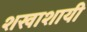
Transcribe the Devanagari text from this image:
शखाशायी